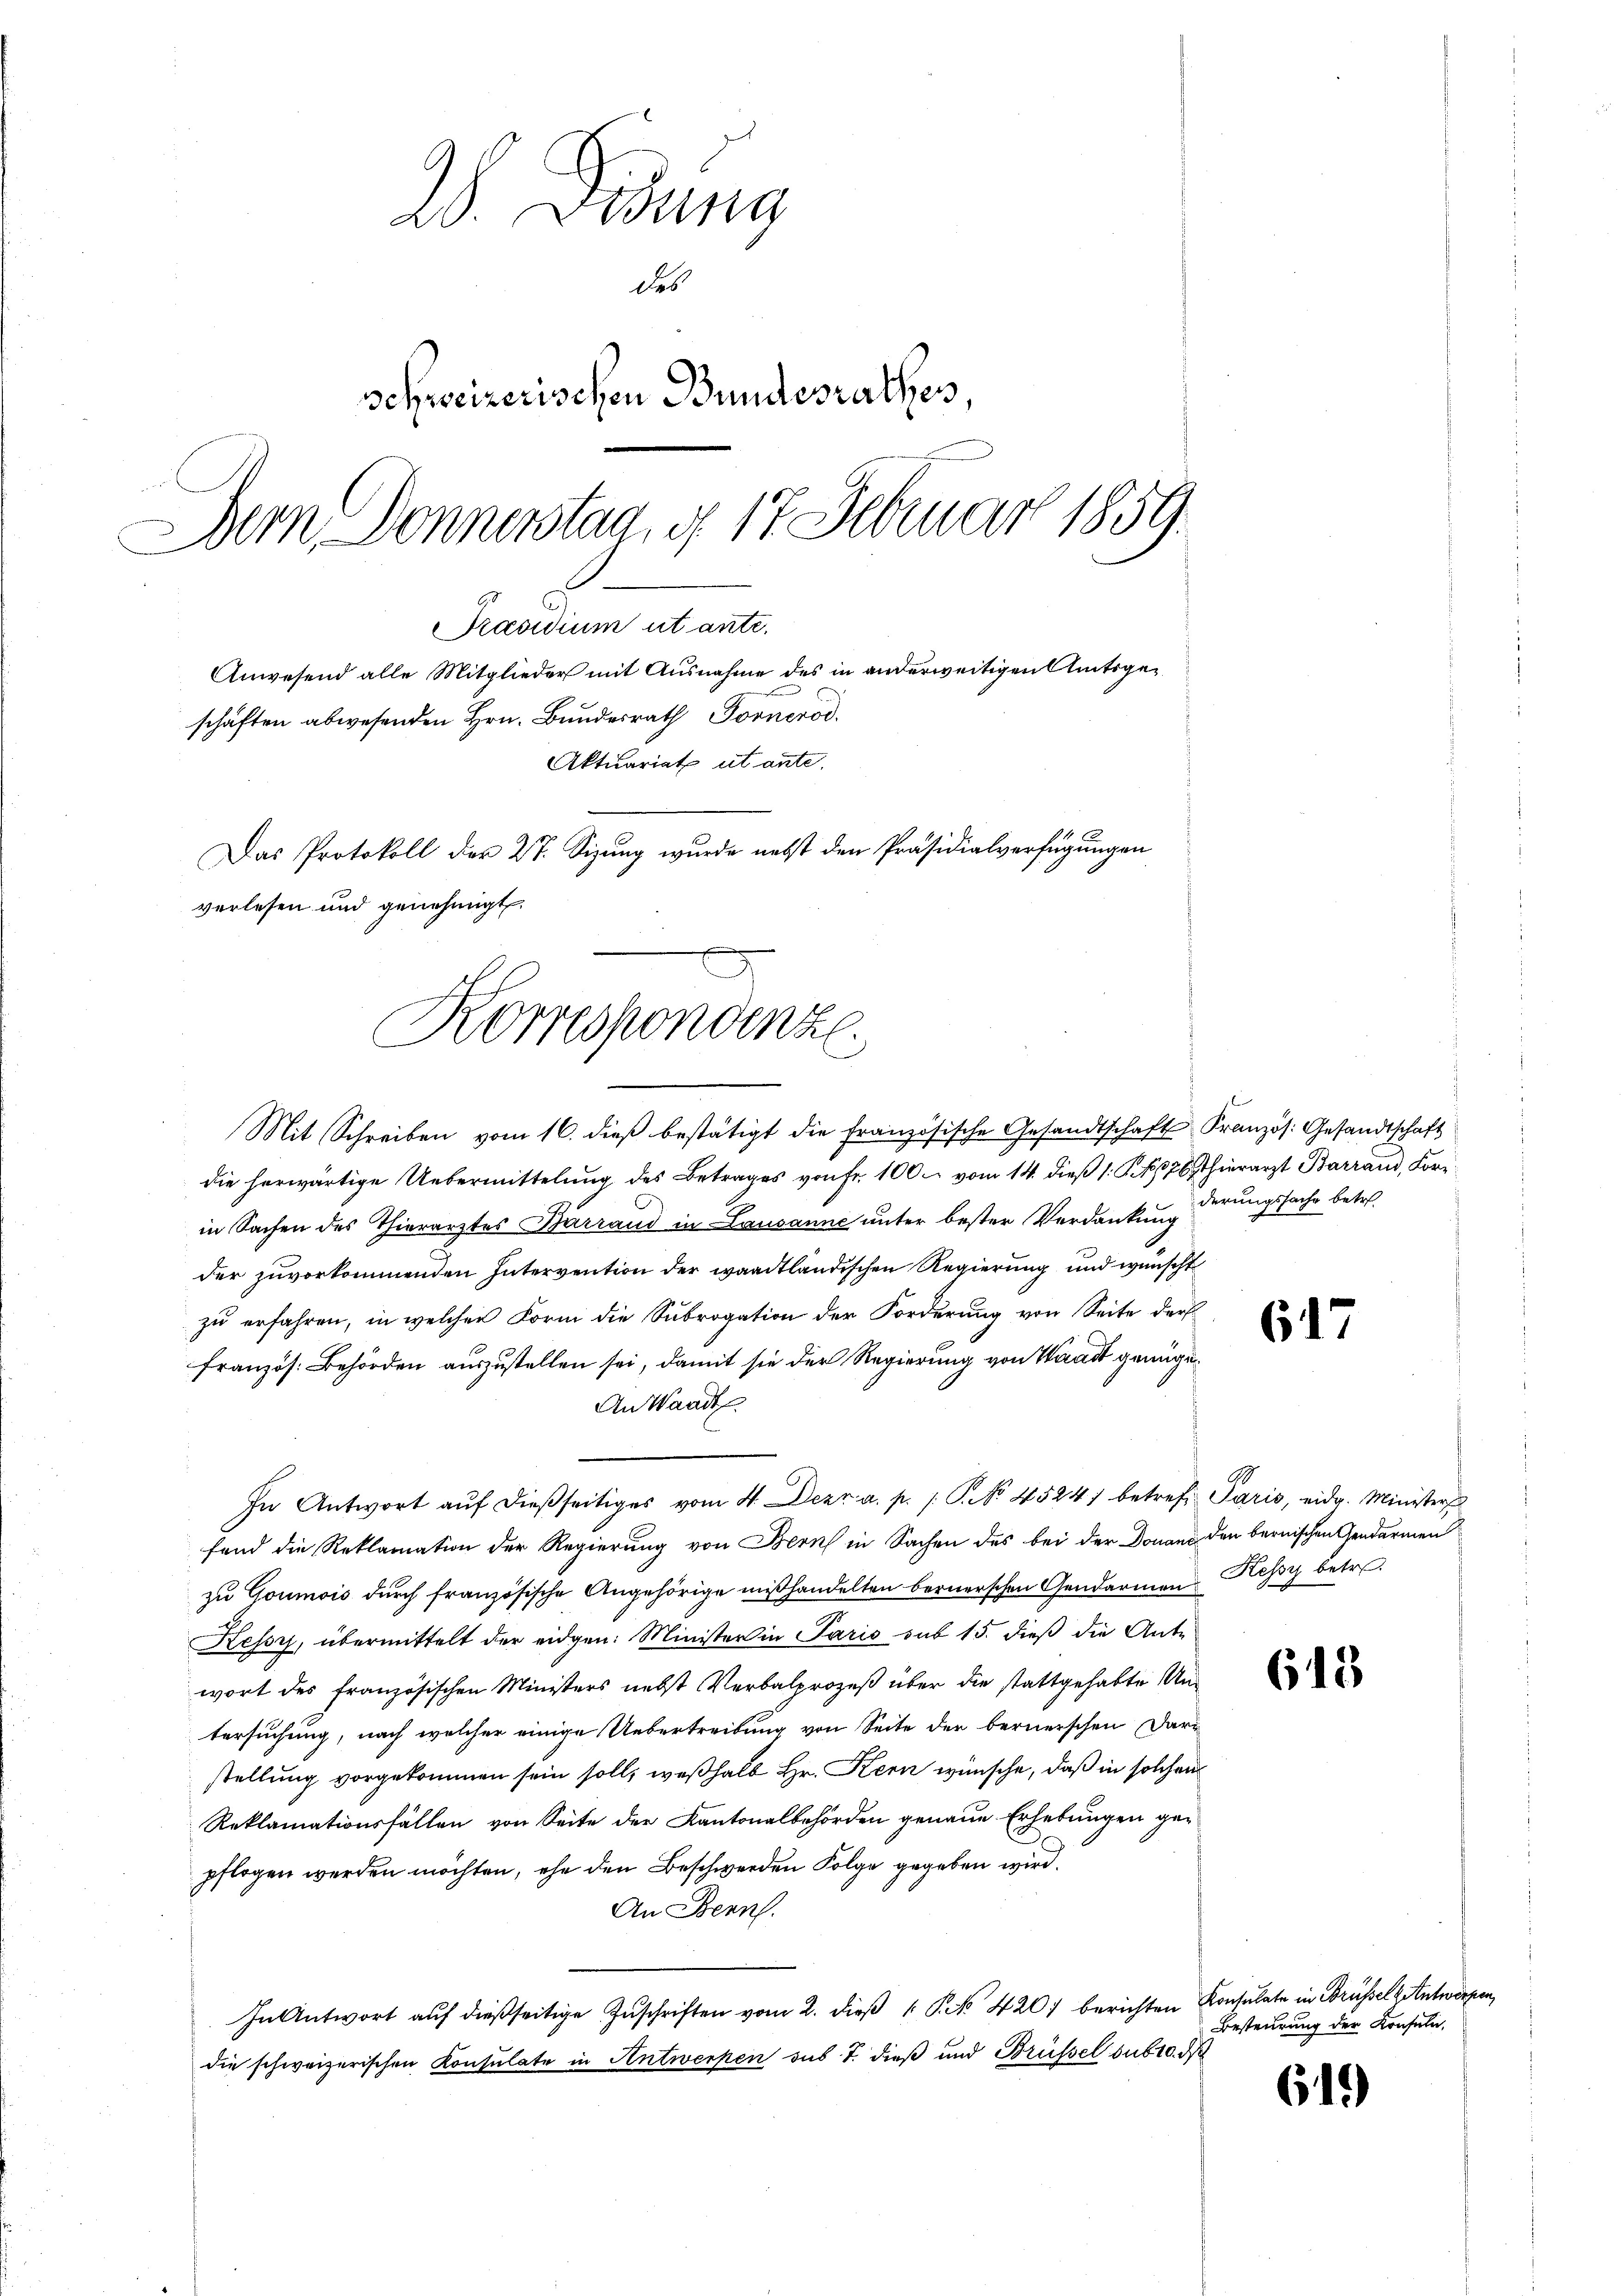
W Didung
des
schweizerischen Bundesrathes
Dem Donnerstagig 17 Februar 1859.

schäften abwesenden Hrn. Bundesrath Dornerod.
verlesen und genehmigt.
Korrespondenz.

Mit Schreiben vom 16. dieß bestätigt die Französische Gesandtschaft Französ. Gesandtschaft
die herwärtige Uebermittelŭng des Betrages von Fr. 100. vom 14. dieβ 1 S. 1626 Thierarzt Barrand, Kornin Sachen des Thierarztes Barrand in Lausanne unter bester Verdankung
der zuvorkommenden Intervention der waadtländischen Regierung und wünscht
zu erfahren, in welcher Form die Subrogation der Forderung von Seite der
französ. Behörden auszustellen sei, damit sie der Regierung von Waadt genüge
An Waadt.
In Antwort aŭf dießseitiges vom 4. Dezr. a. p. P. No. 45241 betref Paris, eidg. Ministers
fand die Reklamation der Regierung von Bern in Sachen des bei der Donaue den bernischen Gendarmen
zu Goumois durch französische Angehörige mißhandelten bernerschen Gendarmen Kessy betr.
Kessyj, übermittelt der eidgen: Minister in Paris sub 15. dieß die Ante-
wort des französischen Ministers nebst Verbalprozeß über die stattgehabte Untersuchung, nach welcher einige Uebertreibung von Seite der bernerschen Darstellung vorgekommen sein soll, weßhalb Hr. Kern wünsche, daß in solchen
Reklamationsfällen von Seite der Kantonalbehörden genaue Erhebungen gepflogen werden möchten, ehe den Beschwerden Folge gegeben wird.
An Benn.
In Antwort aŭf dießseitige Zŭschriften vom 2. dieβ K 4207 berichten Konsulate in Brüssel Antworfen,
die schweizerischen Konsulate in Antwerpen sub. T. dieß und Brüssel sub 10. d

PPräsidium ut ante.
Anwesend alle Mitglieder mit Ausnahme des in anderweitigen Amtsge¬
Aktuariat ut ante.
Das Protokoll der 27. Sizung wurde nebst den Präsidialverfügungen

derungssache betr.

647

615

Besteurung der Konsulin,

619)